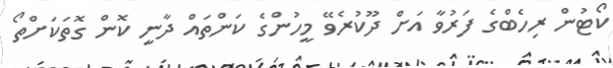
ކޯޓުން ރިހެބްގެ ފަރުވާ އަށް ދޫކުރެވޭ މީހުންގެ ކަންތައް ދާނީ ކޮން ގޮތަކަށްތޯ